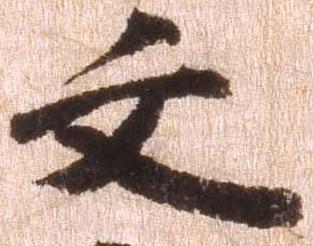
文